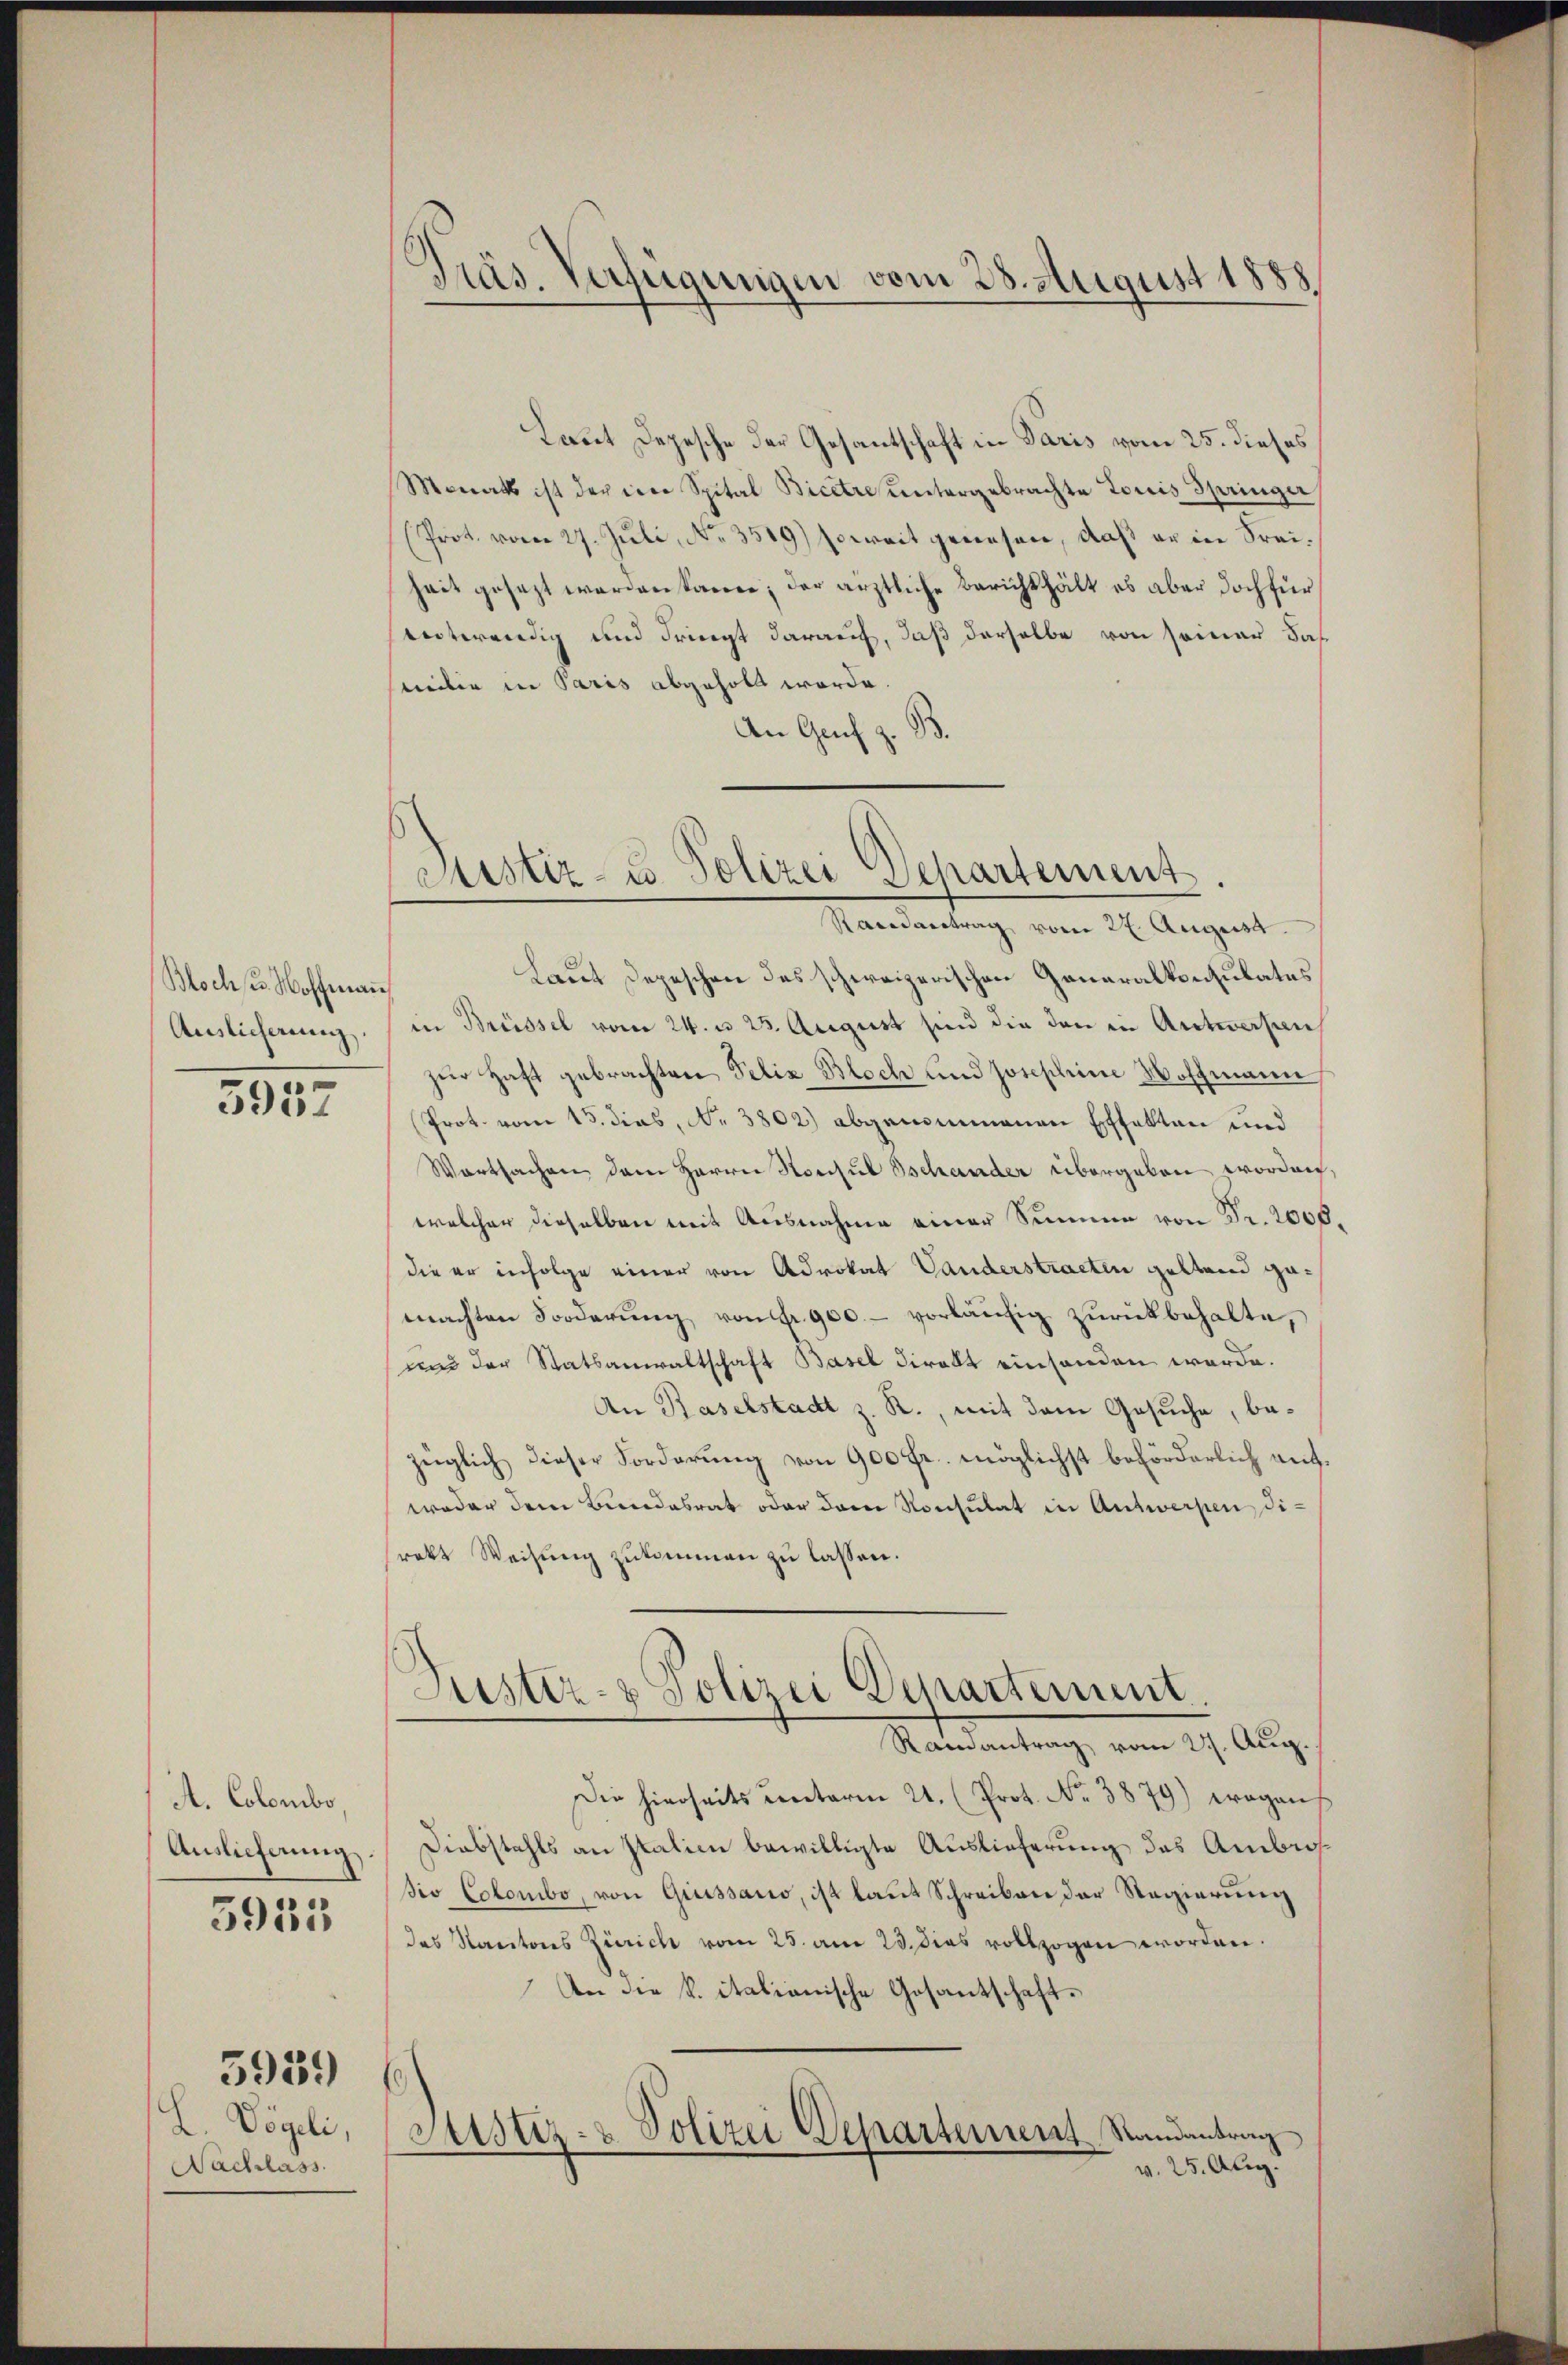
Bochs. Hoffman
Auslieferung

3952

A. Colombo,
Auslieferung.

5933

5939

L. Vögeli,
Nachlass

Präs. Verfügungen vom 28. August 1888

Laut Depesche der Gesantschaft in Paris vom 25. dieses
Monats ist der eine Spital Bicetre untergebrachte Lois Springer
(Prot. vom 27. Juli, No. 3519) soweit gewesen, daß er in Freiheit gesezt werden kann; der ärztliche Berichthält es aber doch für
entwendig und dringt darauf, daß derselbe von semar daß
meiler in Paris abgeholt worde.
An Genf z. B.

Justiz- u. Polizei Departement.
Randantrag vom 27. August.

Laut Depeschen des schweizerischen Generalkonsulates
in Brüssel vom 24. u. 23. August sind die den in Antwerpen
zur Haft gebrachten Felix Bloch und Josephine Hoffmann
Prot. vom 15. dies, No 3802) abgenommenen Effekten und
Wartsachen dem Herrn Konsul schander übergeben worden.
welcher dieselben mit Ausnahme einer Summen von Fr. 2000
die er infolge einer von Advokat Vanderstracten geltend gemachten Forderŭng von Fr. 900.- vorläufig zurückbehalte,
und der Statsanwaltschaft Basel direkt einhanden werde.
An Raselstadt z. R., mit dem Gesuche, bezüglich dieser Forderung von 900 fr. möglichst beförderlich aufweder dem Bundesrat oder dem Konsulat in Antwerpen direkt Weisung zukommen zu lassen.
Puster- & Polizei Departement.
Randantrag vom 21. Aug.
Die hierseits unterm 21. (Prot. No. 3879) wegens
Diebstahls an Italien bewilligte Auslieferung des Ambrosio Colombo, von Gruissario, ist laut Schreiben der Regierung
des Kantons Zürich vom 25. am 23. dies vollzogen worden.
An die K. italianische Gesantschaft¬
.
Justiz- & Polizei Departement Randantrag
v. 25. Aug.